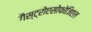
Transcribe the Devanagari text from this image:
गैस्ट्रोएसोफोजिएल